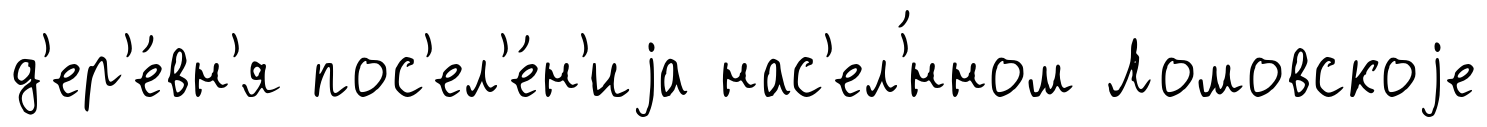
д'ер'е́вн'я пос'ел'е́н'иjа нас'ел'́нном Ломовскоjе